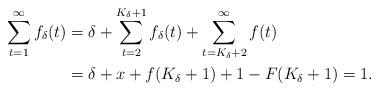
LaTeX: \begin{align*}\sum_{t = 1}^\infty f_\delta(t) &= \delta + \sum_{t = 2}^{K_\delta+1} f_\delta(t) + \sum_{t = K_\delta + 2}^\infty f(t) \\ &= \delta + x + f(K_\delta + 1) + 1 - F(K_\delta + 1) = 1.\end{align*}